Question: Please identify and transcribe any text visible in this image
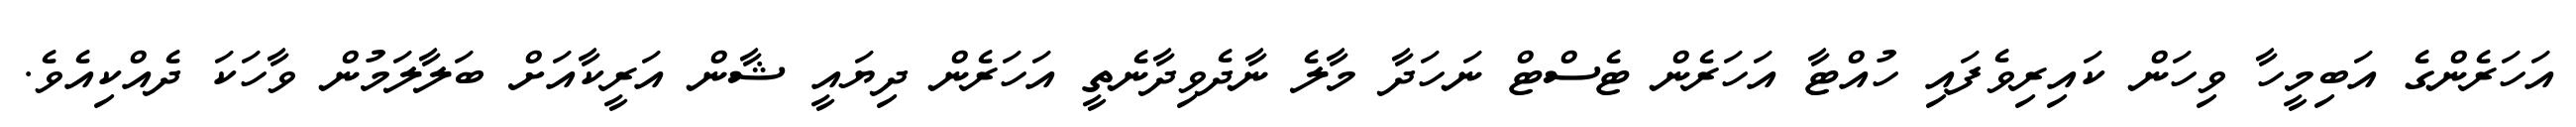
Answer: އަހަރެންގެ އަބިމީހާ ވިހަން ކައިރިވެފައި ހުއްޓާ އަހަރެން ޓެސްޓް ނަހަދާ މާލެ ނާދެވިދާނެތީ އަހަރެން ދިޔައީ ޝާން އަރީކާއަށް ބަލާލަމުން ވާހަކަ ދެއްކިއެވެ.